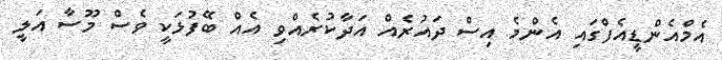
އެމްއެންޑީއެފްގައި އެންމެ އިސް ދައުރެއް އަދާކުރެއްވި އެއް ބޭފުޅަކީ ވެސް މޫސާ އަލީ